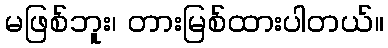
မဖြစ်ဘူး၊ တားမြစ်ထားပါတယ်။